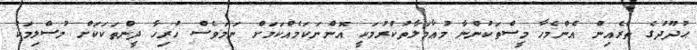
ޙުދޫދުގެ ތެރެއިން އެންމެހާ މީސްތަކުންނާ މުޢާމަލާތުކުރުމަކީ އޮންނަކަމެއްކަމަށް ނަމަވެސް ހުރިހާ ދީންތަކަކަށް މުސްލިމަކު